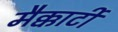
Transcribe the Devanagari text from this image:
मैक्कार्टी